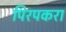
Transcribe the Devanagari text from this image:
पिरपकरा